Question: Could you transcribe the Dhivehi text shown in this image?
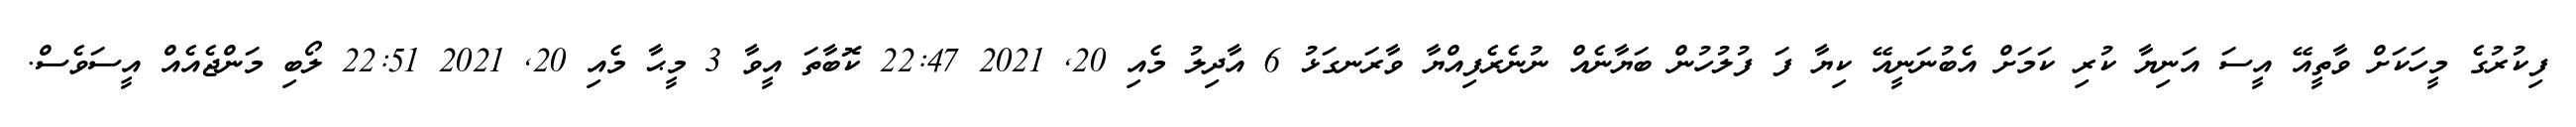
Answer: ފިކުރުގެ މީހަކަށް ވާތީއޭ އީސަ އަނިޔާ ކުރި ކަމަށް އެބުނަނީއޭ ކިޔާ ފަ ފުލުހުން ބަޔާނެއް ނުނެރެފިއްޔާ ވާރަނގަޅު 6 އާދިލު މެއި 20, 2021 22:47 ކޮބާތަ އީވާ 3 މީޙާ މެއި 20, 2021 22:51 ލޯބި މަންޖެއެއް އީސަވެސް.